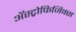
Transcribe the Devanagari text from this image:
ॲस्ट्रोफिजिक्स